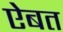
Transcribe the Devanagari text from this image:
ऐबत